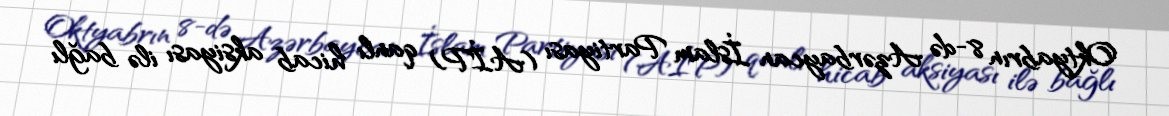
Oktyabrın 8-də Azərbaycan İslam Partiyası (AİP) qanlı hicab aksiyası ilə bağlı